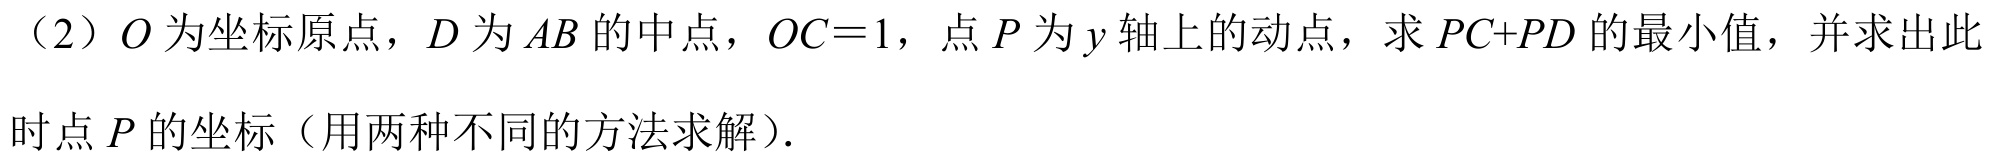
（2）\(O\) 为坐标原点，\(D\) 为 \(AB\) 的中点，\(OC = 1\)，点 \(P\) 为 \(y\) 轴上的动点，求 \(PC + PD\) 的最小值，并求出此时点 \(P\) 的坐标（用两种不同的方法求解）.